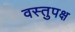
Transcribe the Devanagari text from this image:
वस्तुपक्ष